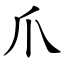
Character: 爪